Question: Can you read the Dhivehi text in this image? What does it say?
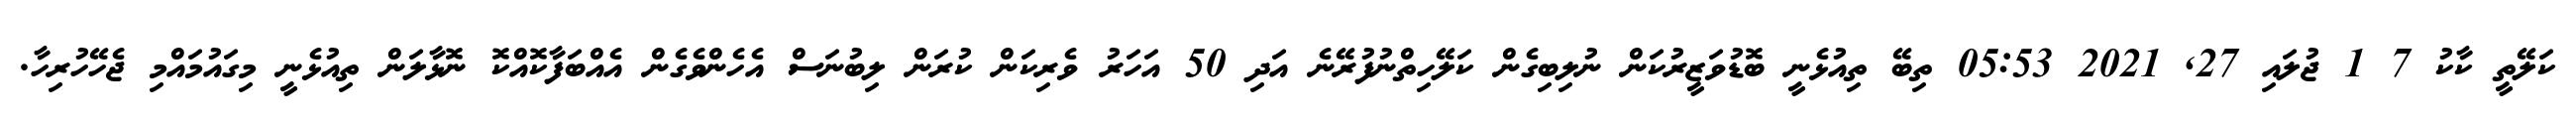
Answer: ކަލޭތީ ކާކު 7 1 ޖުލައި 27, 2021 05:53 ތިބޭ ތިއުޅެނީ ބޮޑުވަޒީރުކަން ނުލިބިގެން ކަލޭހިތްނުފުރޭނެ އަދި 50 އަހަރު ވެރިކަން ކުރަން ލިބުނަސް އެހެންވެގެން އެއްބަފާކޮއްކޮ ނޮޅާލަން ތިއުޅެނީ މިގައުމައްމި ޖެހޭހުރިހާ.